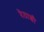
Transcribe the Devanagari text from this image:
देठाशी